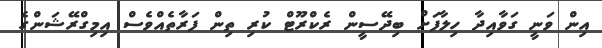
އިން ވަނީ ގަވާއިދާ ހިލާފަށް ބިދޭސީން ރެކްރޫޓް ކުރި ތިން ފަރާތެއްވެސް އިމިގްރޭޝަންގެ